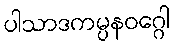
ပါသာဒကမ္ပနဝဂ္ဂေါ